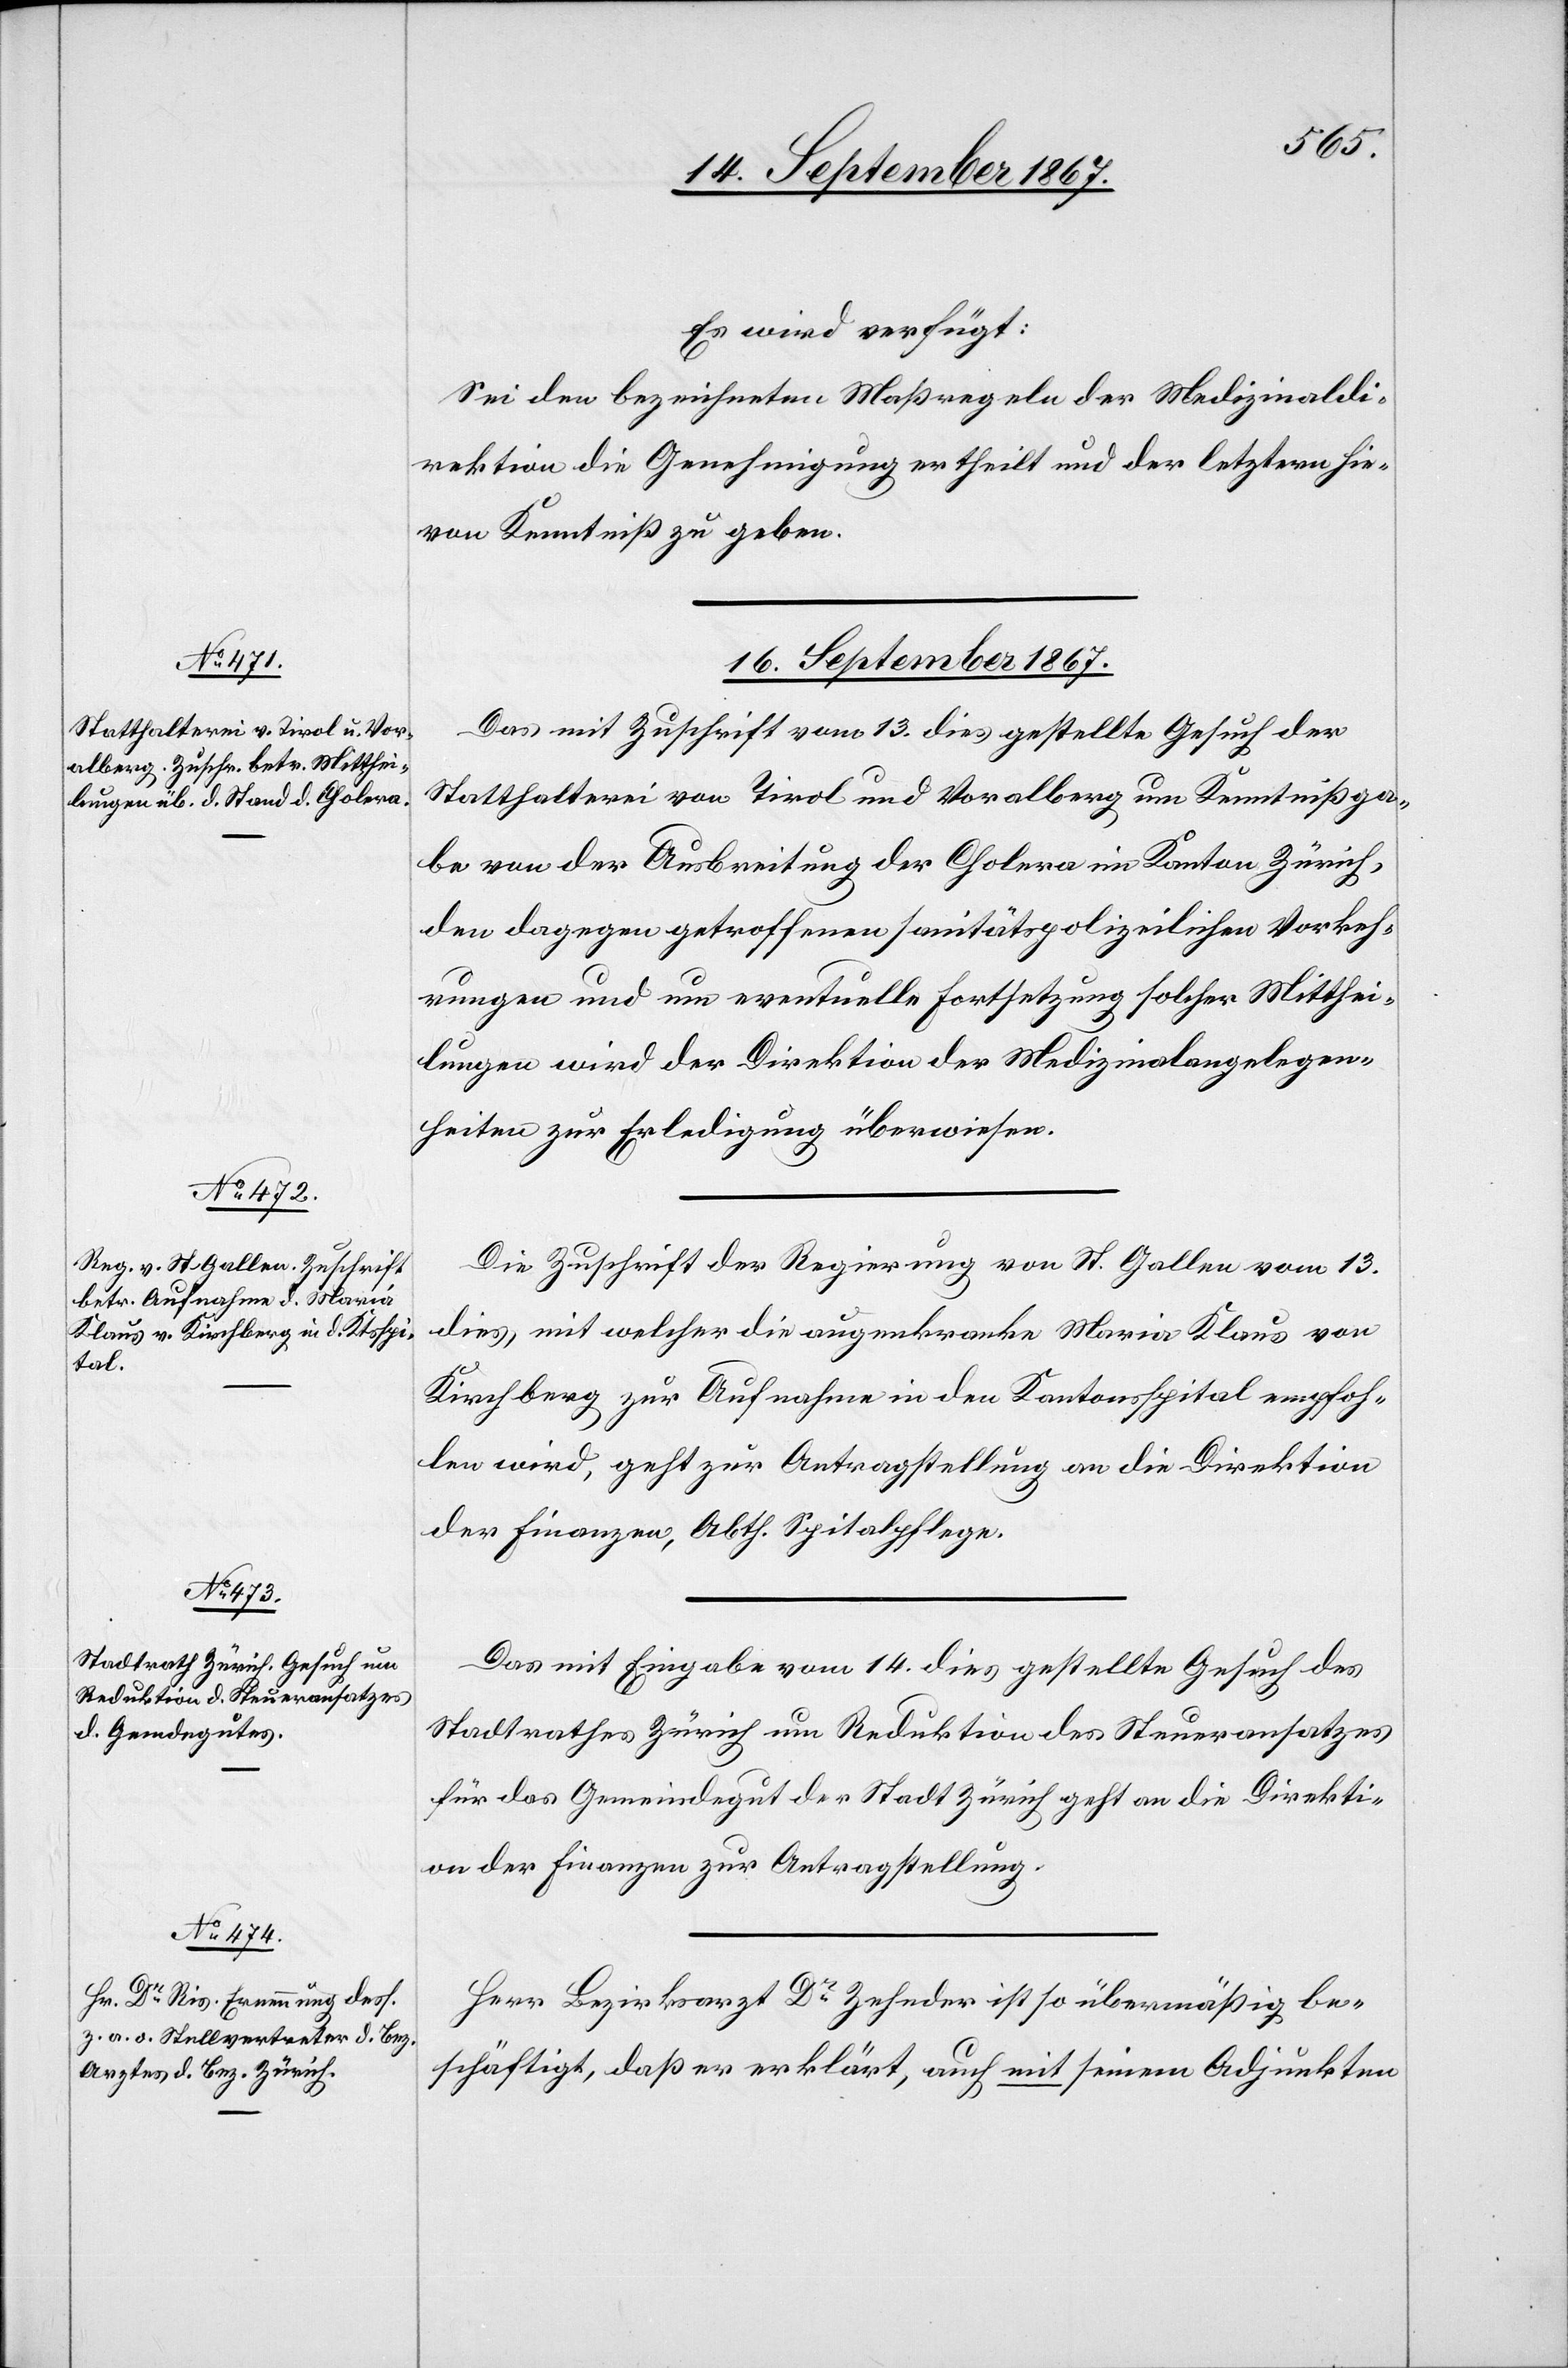
Es wird verfügt:
Sei den bezeichneten Maßregeln der Medizinalangele¬
genheiten die Genehmigung ertheilt und der letztern hie¬
von Kenntniß zu geben.
16. September 1867.]
Das mit Zuschrift vom 13. dies gestellte Gesuch der
Statthalterei von Tirol und Vorarlberg um Kenntnisga¬
be von der Ausbreitung der Cholera im Kanton Zürich,
den dagegen getroffenen sanitätspolizeilichen Vorkeh¬
rungen und um eventuelle Fortsetzung solcher Mitthei¬
lungen wird der Direktion der Medizinalangelegen¬
heiten zur Erledigung überwiesen.
Die Zuschrift der Regierung von St. Gallen vom 13.
dies, mit welcher die augenkranke Maria Klaus von
Kirchberg zur Aufnahme in den Kantonsspital empfoh¬
len wird, geht zur Antragstellung an die Direktion
der Finanzen, Abth. Spitalpflege.
Das mit Eingabe vom 15. dies gestellte Gesuch des
Stadtrathes Zürich um Reduktion des Steueransatzes
für das Gemeindegut der Stadt Zürich geht an die Direkti¬
on der Finanzen zur Antragstellung.
Herr Bezirksarzt Dr. Zehnder ist so übermäßig be¬
schäftigt, daß er erklärt, auch mit seinem Adjunkten